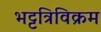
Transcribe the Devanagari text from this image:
भट्टत्रिविक्रम